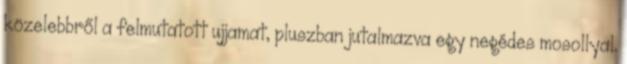
közelebbről a felmutatott ujjamat, pluszban jutalmazva egy negédes mosollyal.